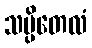
သပ္ပိတေလံ